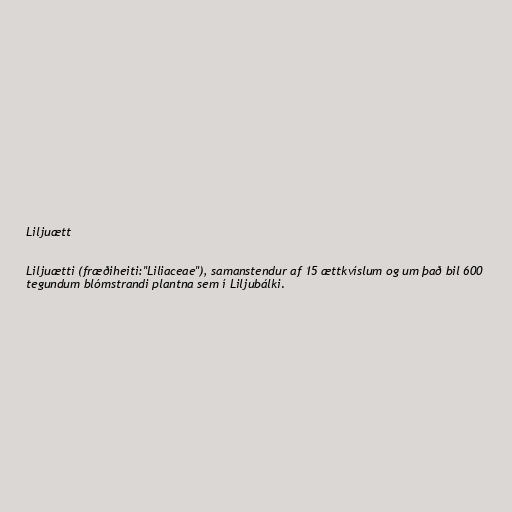
Liljuætt

Liljuætti (fræðiheiti:"Liliaceae"), samanstendur af 15 ættkvíslum og um það bil 600
tegundum blómstrandi plantna sem í Liljubálki.